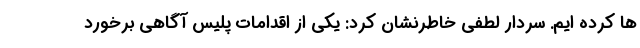
ها کرده ایم. سردار لطفی خاطرنشان کرد: یکی از اقدامات پلیس آگاهی برخورد